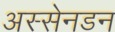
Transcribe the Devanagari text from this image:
अस्सेनडन